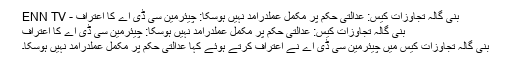
بنی گالہ تجاوزات کیس: عدالتی حکم پر مکمل عملدرآمد نہیں ہوسکا: چیئرمین سی ڈی اے کا اعتراف - ENN TV
بنی گالہ تجاوزات کیس: عدالتی حکم پر مکمل عملدرآمد نہیں ہوسکا: چیئرمین سی ڈی اے کا اعتراف
بنی گالہ تجاوزات کیس میں چیئرمین سی ڈی اے نے اعتراف کرتے ہوئے کہا عدالتی حکم پر مکمل عملدرآمد نہیں ہوسکا۔